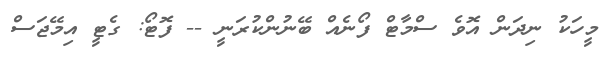
މީހަކު ނިދަން އޮވެ ސްމާޓް ފޯނެއް ބޭނުންކުރަނީ -- ފޮޓޯ: ގެޓީ އިމޭޖަސް